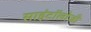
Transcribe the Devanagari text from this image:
साइंटॉलोजी